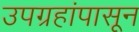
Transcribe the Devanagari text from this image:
उपग्रहांपासून